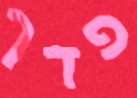
פדך